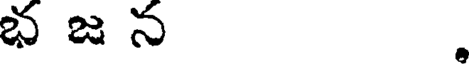
భజన